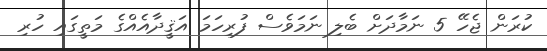
ކުރަން ޖެހޭ 5 ނަމާދަށް ބެލި ނަމަވެސް ފުރިހަމަ އަޤީދާއެއްގެ މަތީގައި ހުރި